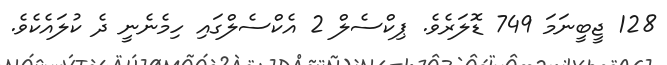
128 ޖީބީނަމަ 749 ޑޮލަރެވެ. ޕިކްސެލް 2 އެކްސެލްގައި ހިމެނެނީ ދެ ކުލައެކެވެ.